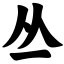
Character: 丛